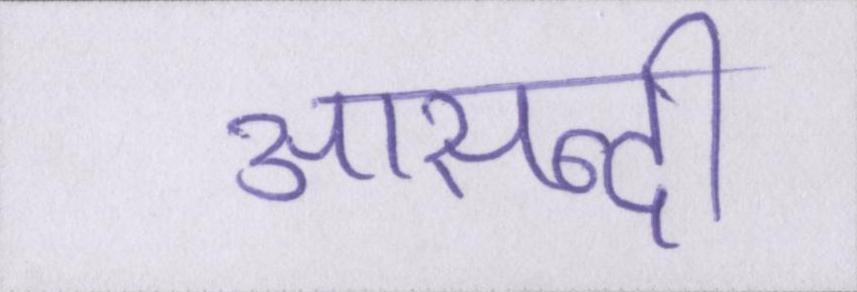
आसन्दी